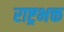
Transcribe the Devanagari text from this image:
राष्ट्रभक्त